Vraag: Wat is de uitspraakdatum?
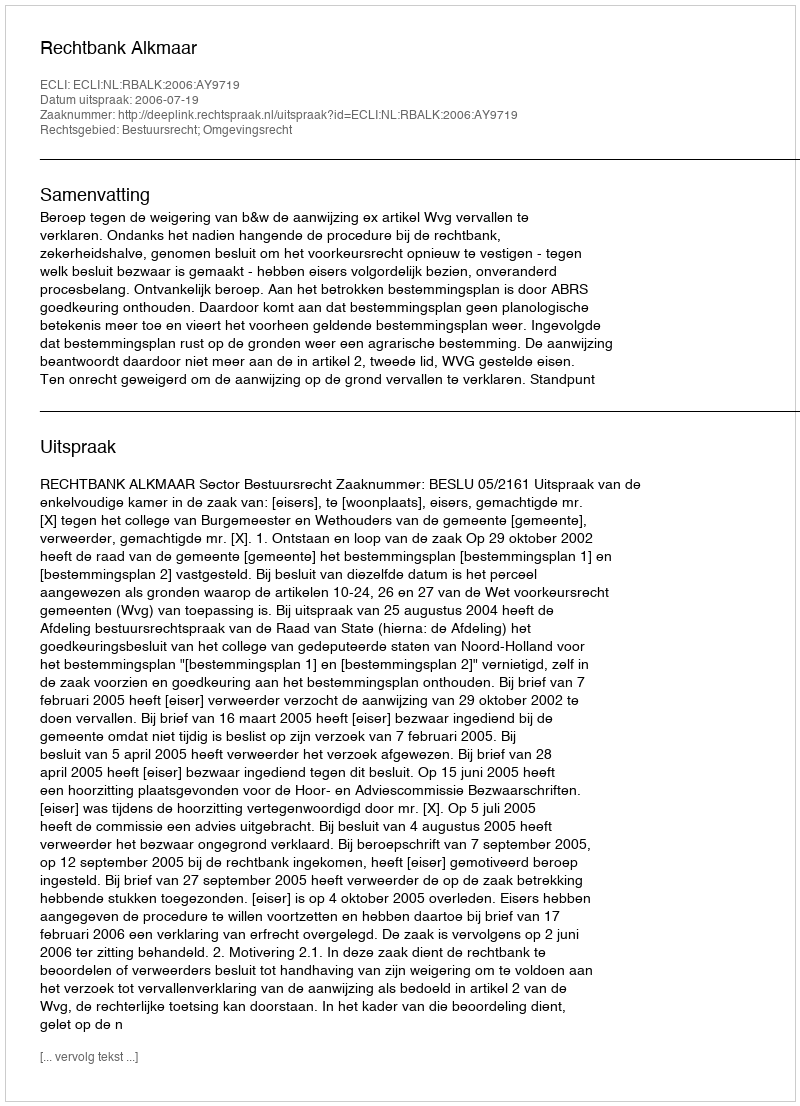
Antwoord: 2006-07-19